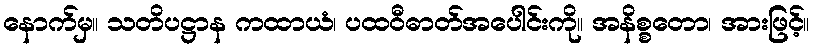
နောက်မှ။ သတိပဋ္ဌာန ကထာယံ၊ ပထဝီဓာတ်အပေါင်းကို။ အနိစ္စတော၊ အားဖြင့်။